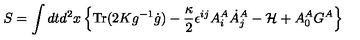
S = \int d t d ^ { 2 } x \left\{ \mathrm { T r } ( 2 K g ^ { - 1 } \dot { g } ) - \frac { \kappa } { 2 } \epsilon ^ { i j } A _ { i } ^ { A } \dot { A } _ { j } ^ { A } - { \cal H } + A _ { 0 } ^ { A } G ^ { A } \right\}